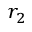
r _ { 2 }